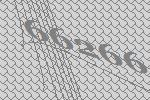
66266